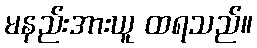
မနည်းအားယူ ထရသည်။